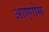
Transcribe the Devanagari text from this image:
आएगोस